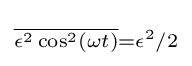
\scriptstyle {\overline {\epsilon ^{2}\cos ^{2}(\omega t)}}=\epsilon ^{2}/2